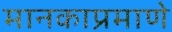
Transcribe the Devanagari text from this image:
मानकाप्रमाणे